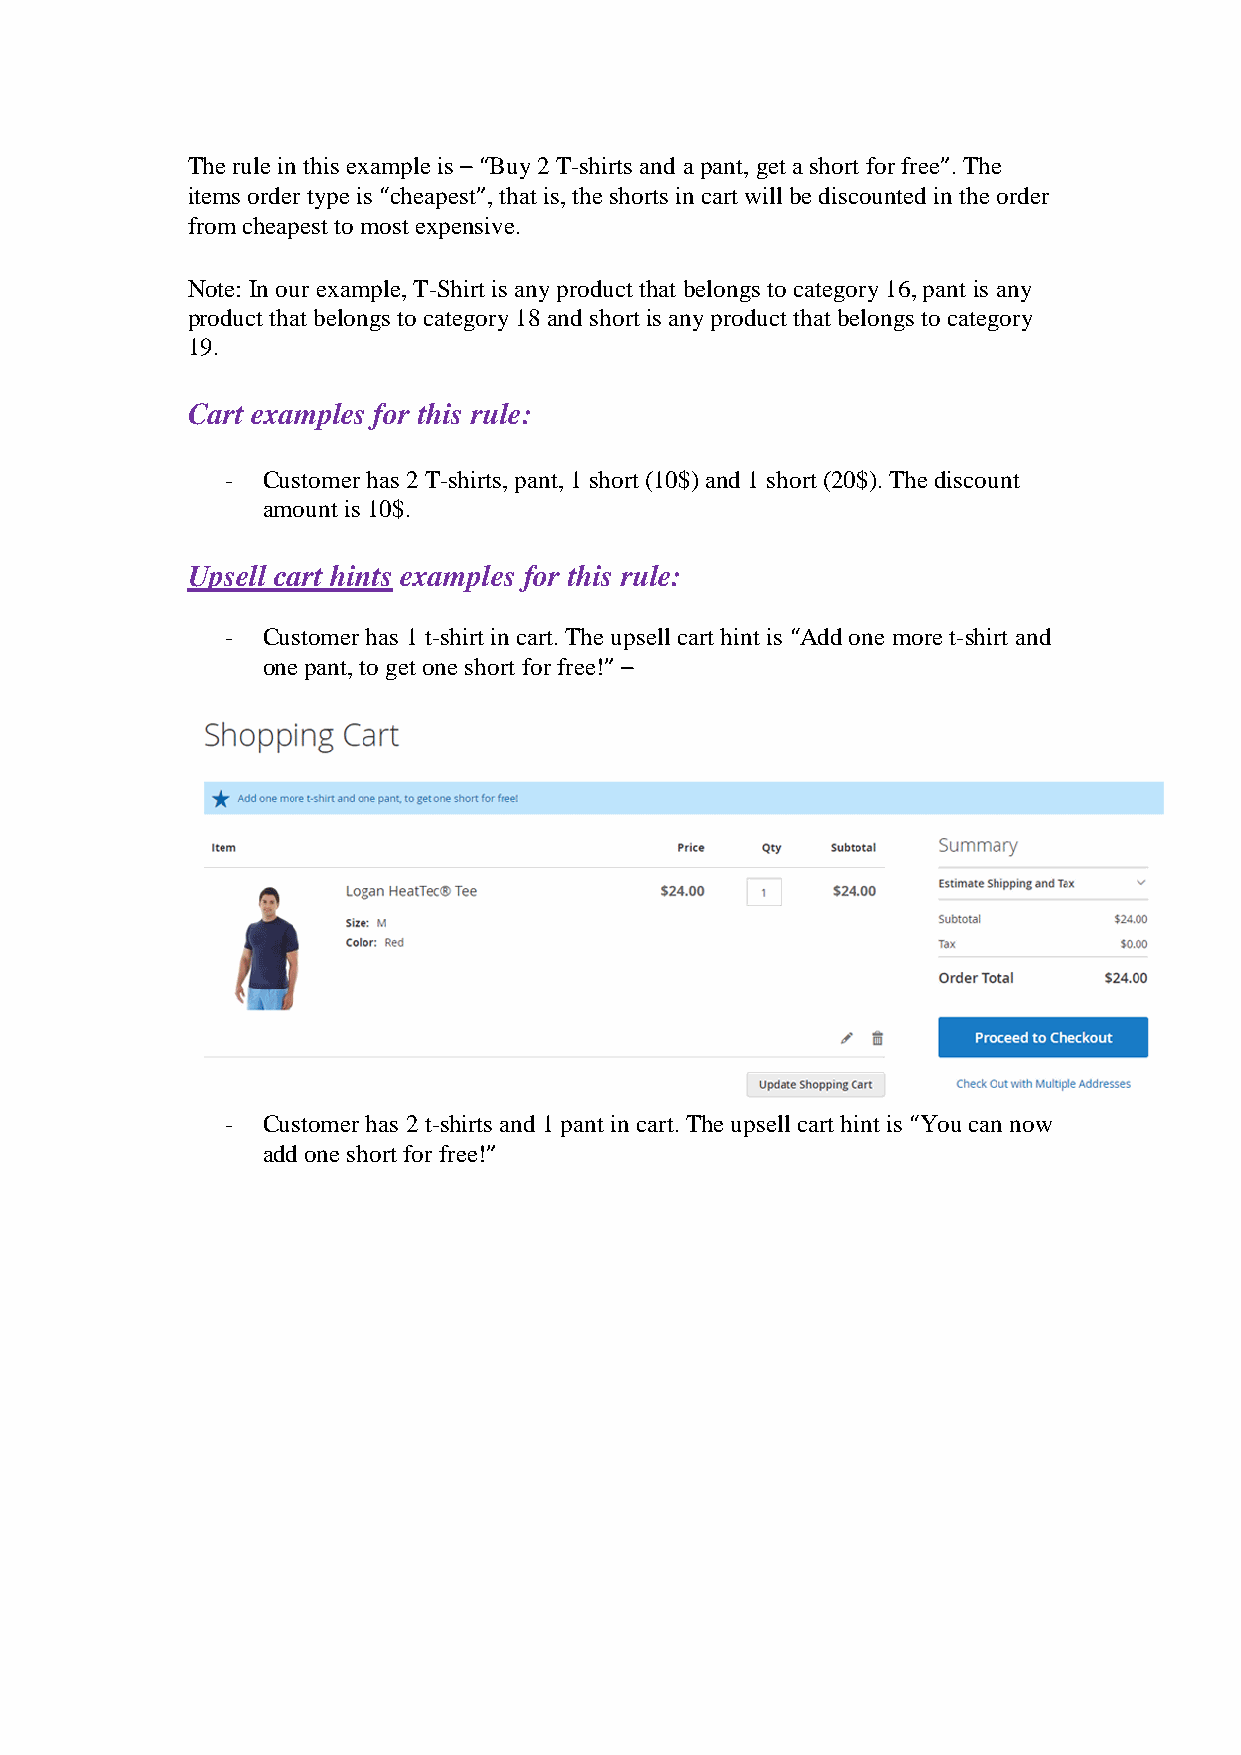
The rule in this example is – “Buy 2 T-shirts and a pant, get a short for free”. The
 items order type is “cheapest”, that is, the shorts in cart will be discounted in the order
 from cheapest to most expensive.
 Note: In our example, T-Shirt is any product that belongs to category 16, pant is any
 product that belongs to category 18 and short is any product that belongs to category
 19.
 Cart examples for this rule:
 - Customer has 2 T-shirts, pant, 1 short (10$) and 1 short (20$). The discount
 amount is 10$.
 Upsell cart hints examples for this rule:
 - Customer has 1 t-shirt in cart. The upsell cart hint is “Add one more t-shirt and
 one pant, to get one short for free!” –
 - Customer has 2 t-shirts and 1 pant in cart. The upsell cart hint is “You can now
 add one short for free!”